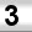
Digit: 3